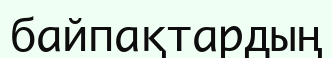
байпақтардың